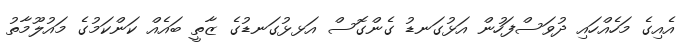
އެއިގެ މަހެއްހައި ދުވަސްފަހުން އަޅުގަނޑު ގެންގޮސް އަޅޅުގަނޑުގެ ޒާތީ ބައެއް ކަންކަމުގެ މައުލޫމާތު